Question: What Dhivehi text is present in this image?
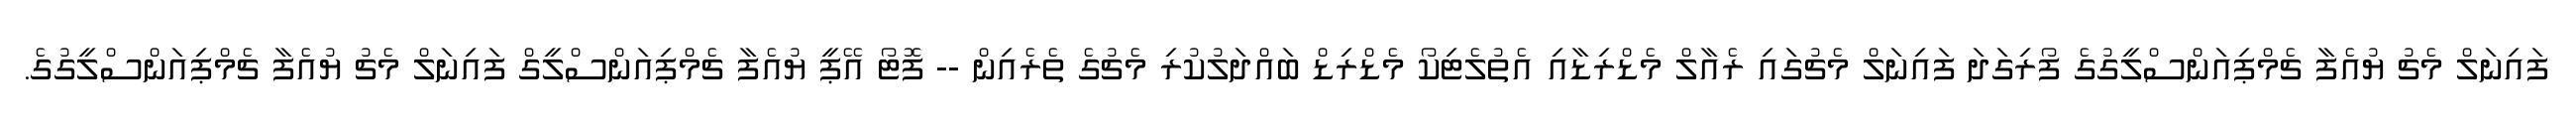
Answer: ފައިނަލް މެޗު ޔުއެފާ ޗެމްޕިއަންސްލީގުގެ ފޯރިގަދަ ފައިނަލް މެޗުގައި ރެއާލް މެޑްރިޑާއި އެތުލެޓިކޯ މެޑްރިޑް ބައްދަލުކުރި މެޗުގެ ތެރެއިން -- ފޮޓޯ އޭޕީ ޔުއެފާ ޗެމްޕިއަންސްލީގް ފައިނަލް މެޗު ޔުއެފާ ޗެމްޕިއަންސްލީގުގެ.